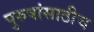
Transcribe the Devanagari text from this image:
पुरुषांसाठीच